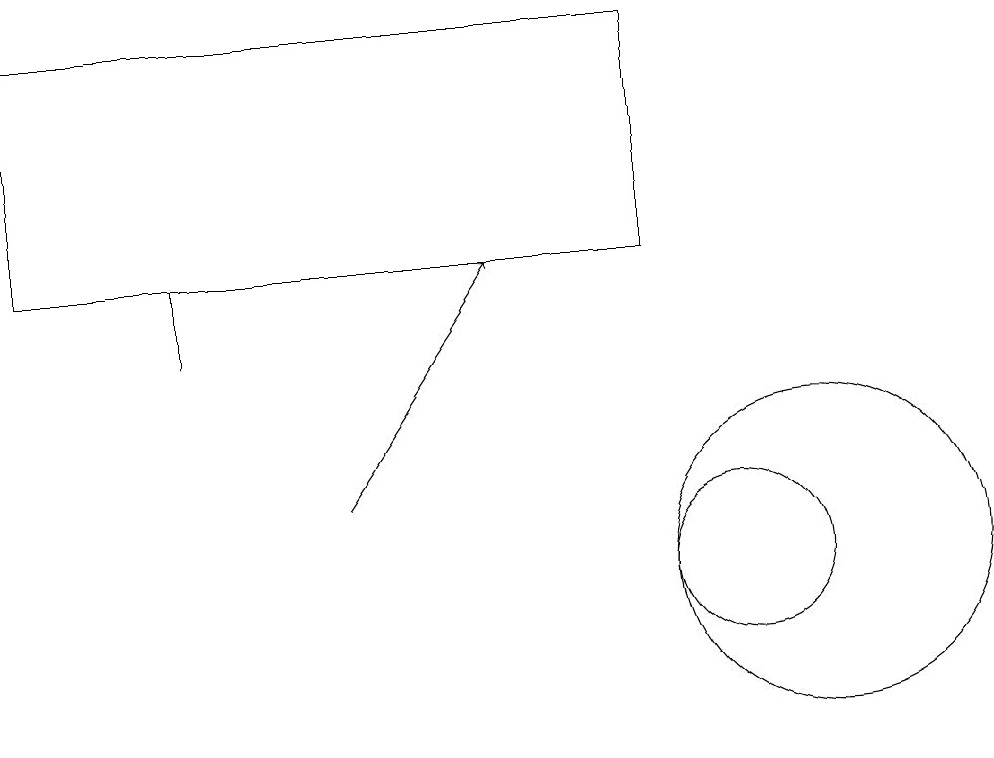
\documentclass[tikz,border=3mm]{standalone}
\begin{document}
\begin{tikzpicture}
\draw (1,14) rectangle (9,17);
\draw (3,13) rectangle (3,14);
\draw (11,10) circle (2);
\draw (10,10) circle (1);
\draw[->] (5,11) -- (7,14);
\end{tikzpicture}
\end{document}